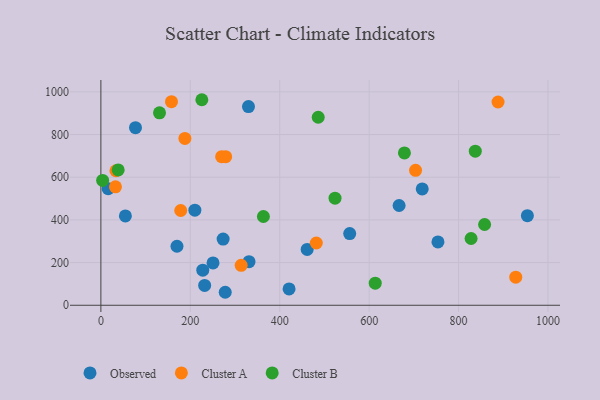
{"axis": {"x": "Ad Spend", "y": "Yield"}, "legend": ["Cluster A", "Cluster B", "Observed"], "data": [{"x": "330.1", "y": 931.0, "type": "Observed"}, {"x": "54.8", "y": 418.8, "type": "Observed"}, {"x": "718.7", "y": 545.0, "type": "Observed"}, {"x": "273.4", "y": 309.9, "type": "Observed"}, {"x": "16.3", "y": 546.2, "type": "Observed"}, {"x": "250.8", "y": 198.4, "type": "Observed"}, {"x": "232.1", "y": 93.1, "type": "Observed"}, {"x": "667.0", "y": 467.5, "type": "Observed"}, {"x": "556.5", "y": 335.9, "type": "Observed"}, {"x": "227.9", "y": 164.5, "type": "Observed"}, {"x": "170.2", "y": 276.4, "type": "Observed"}, {"x": "210.2", "y": 445.3, "type": "Observed"}, {"x": "753.9", "y": 296.9, "type": "Observed"}, {"x": "278.1", "y": 60.8, "type": "Observed"}, {"x": "77.4", "y": 832.2, "type": "Observed"}, {"x": "461.4", "y": 261.6, "type": "Observed"}, {"x": "953.9", "y": 419.7, "type": "Observed"}, {"x": "420.9", "y": 76.3, "type": "Observed"}, {"x": "331.3", "y": 204.1, "type": "Observed"}, {"x": "178.6", "y": 444.0, "type": "Cluster A"}, {"x": "279.1", "y": 696.4, "type": "Cluster A"}, {"x": "33.7", "y": 630.3, "type": "Cluster A"}, {"x": "157.9", "y": 953.9, "type": "Cluster A"}, {"x": "703.8", "y": 632.1, "type": "Cluster A"}, {"x": "927.9", "y": 131.6, "type": "Cluster A"}, {"x": "32.6", "y": 554.8, "type": "Cluster A"}, {"x": "187.9", "y": 781.9, "type": "Cluster A"}, {"x": "888.3", "y": 952.4, "type": "Cluster A"}, {"x": "270.1", "y": 696.4, "type": "Cluster A"}, {"x": "313.8", "y": 187.1, "type": "Cluster A"}, {"x": "481.8", "y": 291.8, "type": "Cluster A"}, {"x": "363.5", "y": 415.8, "type": "Cluster B"}, {"x": "38.7", "y": 634.1, "type": "Cluster B"}, {"x": "225.8", "y": 963.1, "type": "Cluster B"}, {"x": "678.9", "y": 713.8, "type": "Cluster B"}, {"x": "837.4", "y": 721.8, "type": "Cluster B"}, {"x": "828.0", "y": 312.7, "type": "Cluster B"}, {"x": "3.9", "y": 584.8, "type": "Cluster B"}, {"x": "858.2", "y": 378.3, "type": "Cluster B"}, {"x": "523.7", "y": 501.8, "type": "Cluster B"}, {"x": "486.1", "y": 880.9, "type": "Cluster B"}, {"x": "131.1", "y": 901.6, "type": "Cluster B"}, {"x": "613.6", "y": 103.6, "type": "Cluster B"}]}